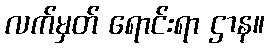
လက်မှတ် ရောင်းရာ ဌာန။